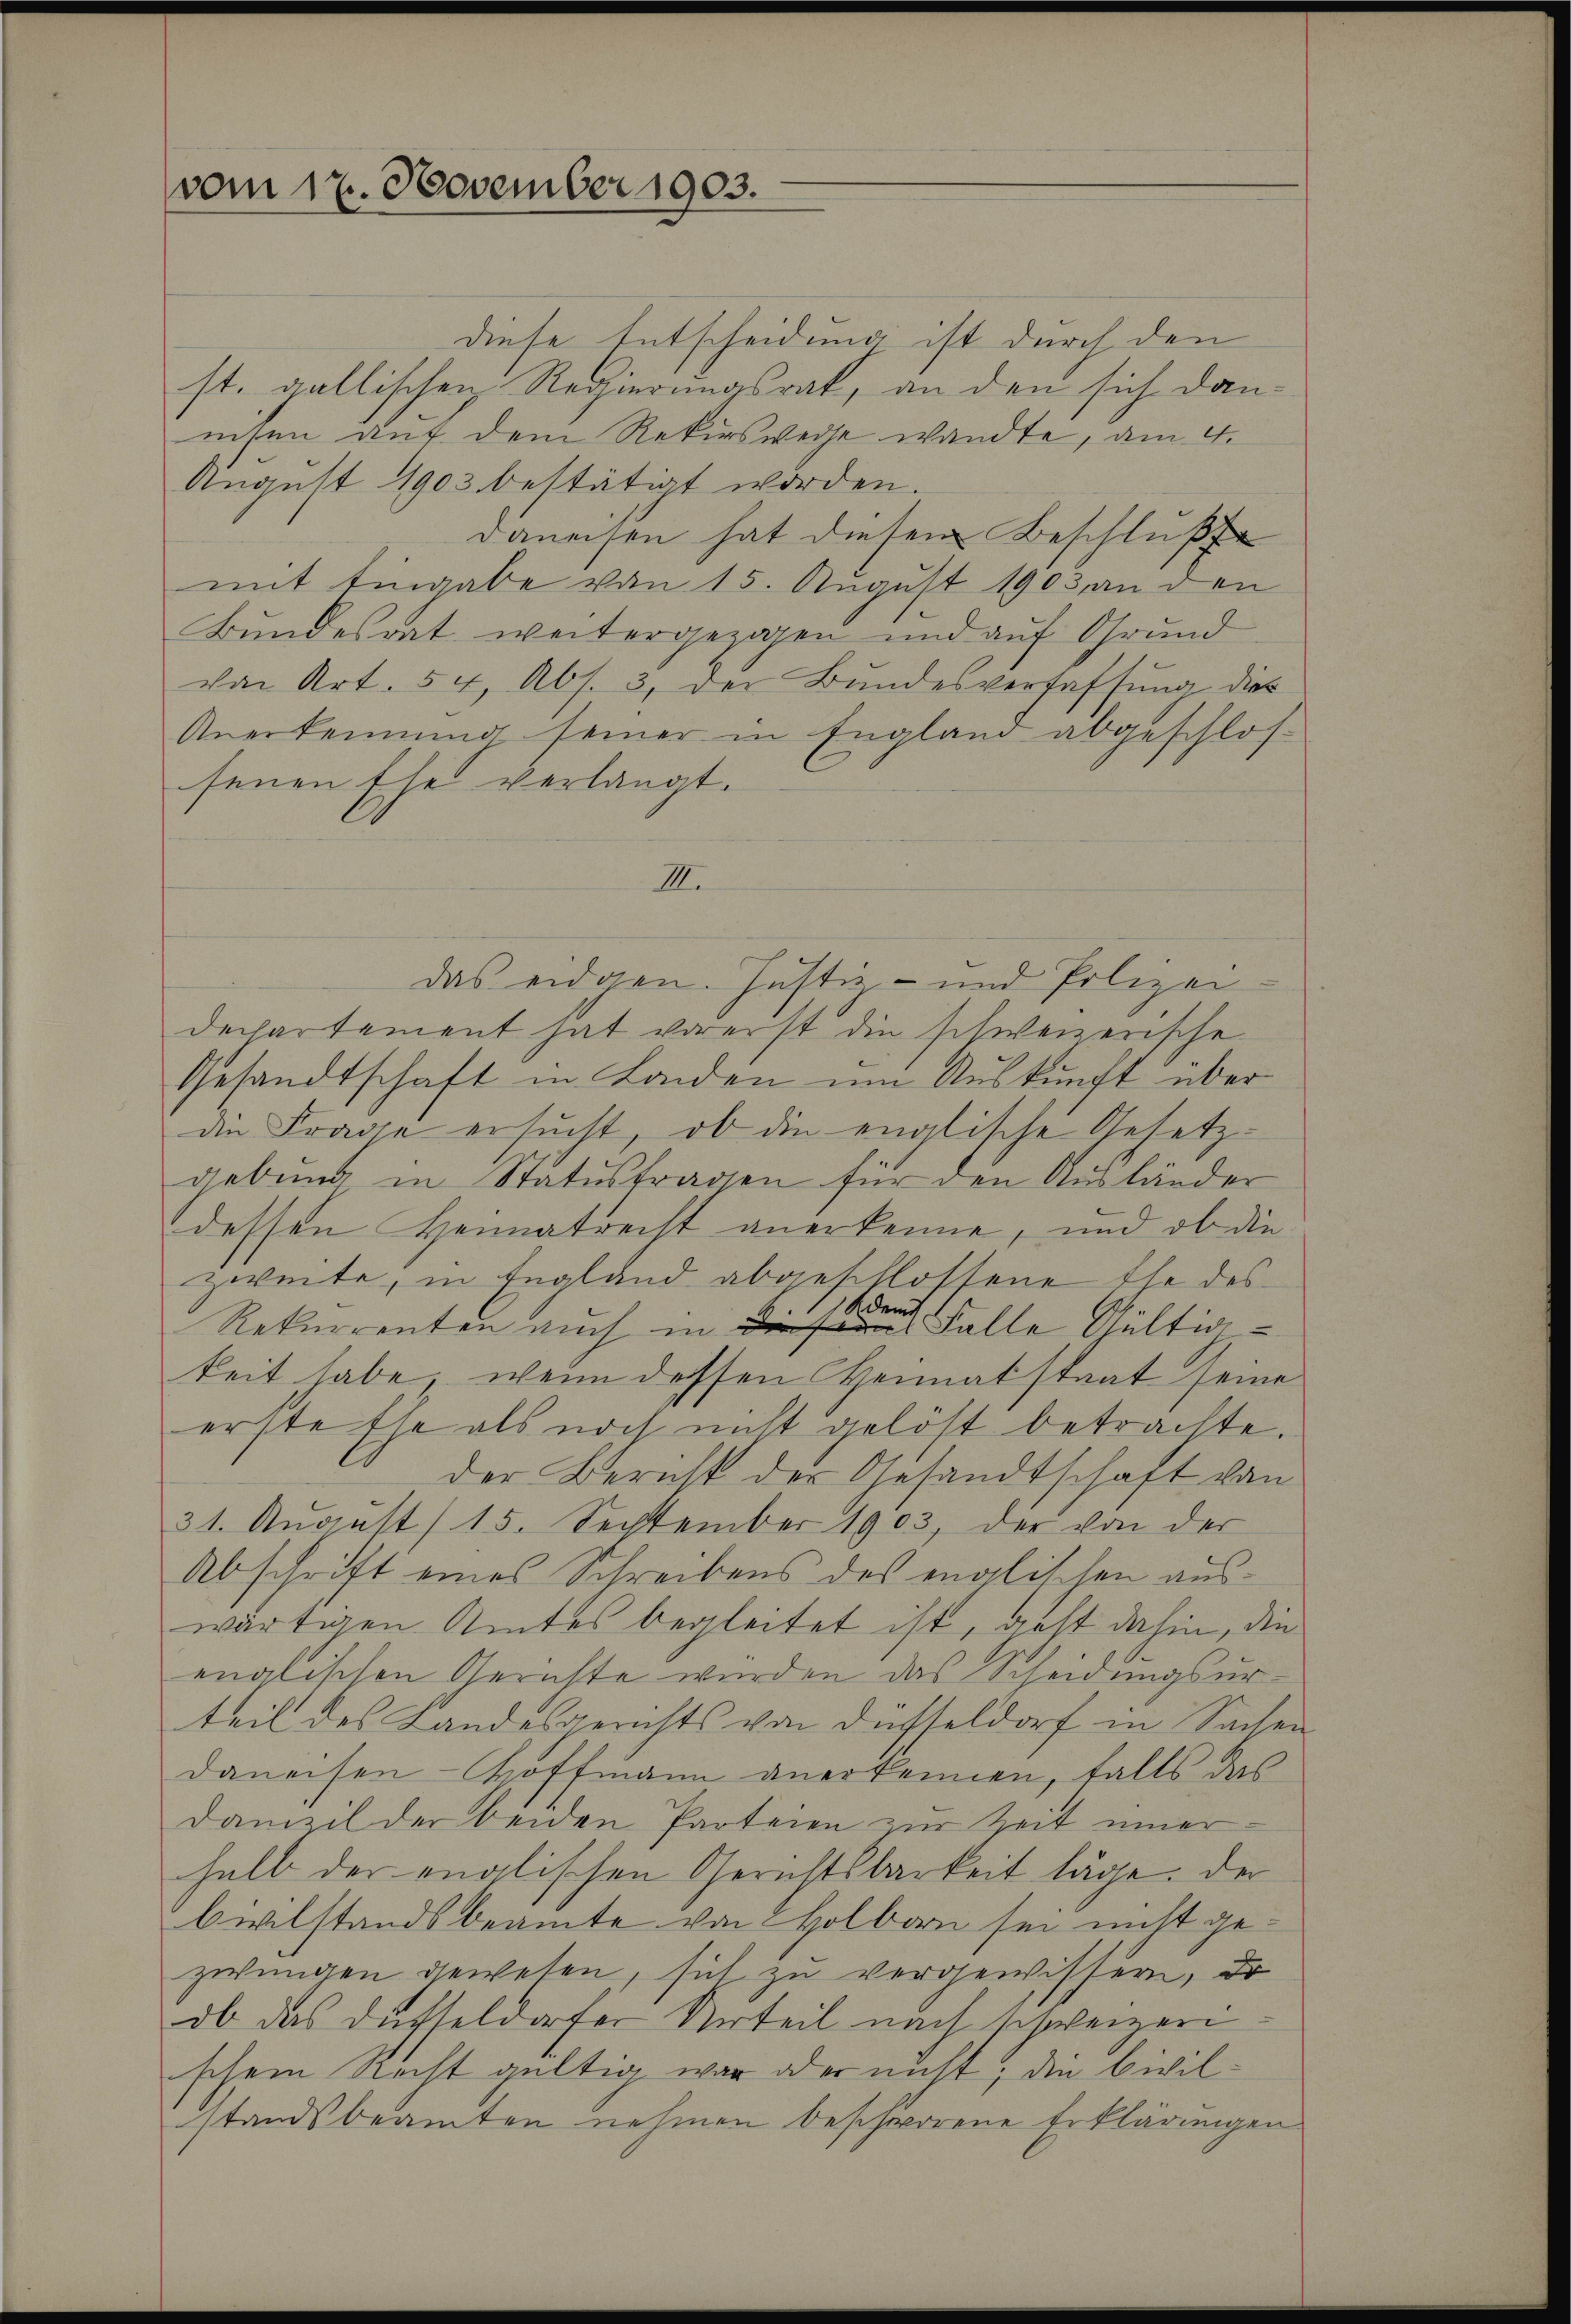
vom 17. November 1903.

diese Entscheidung ist durch den
st. gallischen Regierungsrat, an den sich danniten auf dem Rekursweise wandte, am 4.
August 1903 bestätigt worden.
daneisen hat diesem Beschluße
mit Eingabe von 15. August 1903, an den
Bundesdat weitergezogen und auf Grund
von Art. 54, Abs. 3, der Bundesverfassung dies
Anerkennung seiner in England abgeschlos-
senen Ehe verlangt.
III.
das eidgen. Justiz- und Polizeidechartement hat vorerst die schweizerische
Gesandtschaft in Landen um Auskunft über
die Frage ersucht, ob die englische Gesetz-
gebung in Statusfragen für den Ausländer
dessen Heimatrecht anerkenne, und ob die
zweite, in England abgeschlossene Ehe des
er
Rekurrenten auch in Falle Gültigkeit habe, wenn dessen Heimatstaat seine
erste Ehe als noch nicht gelöst betrachte.
der Bericht der Gesandtschaft von
31. August / 15. September 1903, der von der
Abschrift eines Schreibens des englischen auswärtigen Amtes begleitet ist, geht dahin, die
enalischen Gerichte wurden das Scheidungsurteil des Landesgerichts von Düsseldorf in Sachen
Daneisen-Hoffmann anerkennen, falls das
Danzil der beiden Parteien zur Zeit einer
halb der englischen Gerichtsbarkeit läge. Der
Civilstandsbeamte von Holborn sei nicht gezwungen gewesen, sich zu vergewissern, dr
ob das Düsseldorfer Urteil nach schweizeri
schem Recht gültig war oder nicht; die Civilstandsbeamten nehmen beschworene Erklärungen